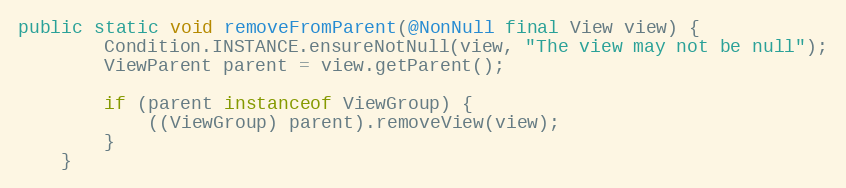
Language: Java
public static void removeFromParent(@NonNull final View view) {
        Condition.INSTANCE.ensureNotNull(view, "The view may not be null");
        ViewParent parent = view.getParent();

        if (parent instanceof ViewGroup) {
            ((ViewGroup) parent).removeView(view);
        }
    }